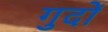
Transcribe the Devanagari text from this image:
गुदों